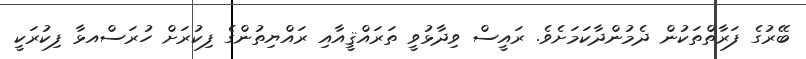
ބޭރުގެ ފަރާތްތަކުން ދެމުންދާކަމަށެވެ. ރައީސް ވިދާޅުވީ ތަރައްޤީއާއި ރައްޔިތުންގެ ފިކުރަށް ހުރަސްއޅާ ފިކުރަކީ